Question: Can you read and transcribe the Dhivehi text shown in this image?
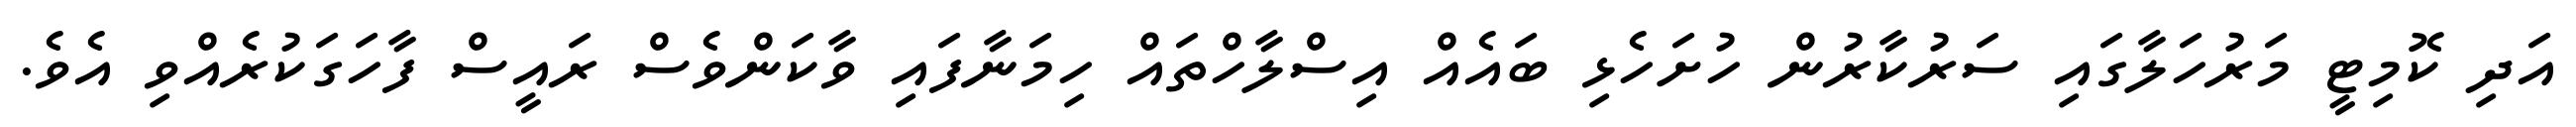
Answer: އަދި ކޮމިޓީ މަރުހަލާގައި ސަރުކާރުން ހުށަހެޅި ބައެއް އިސްލާހްތައް ހިމަނާފައި ވާކަންވެސް ރައީސް ފާހަގަކުރެއްވި އެވެ.